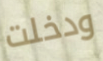
ودخلت